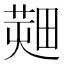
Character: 𤲱